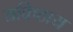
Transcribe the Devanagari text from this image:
यविष्ठाय